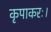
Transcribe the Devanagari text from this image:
कृपाकरः।